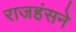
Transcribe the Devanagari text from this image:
राजहंसने